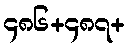
၄၈၆+၄၈၇+